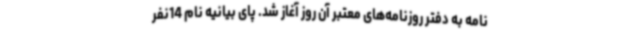
نامه به دفتر روزنامه‌های معتبر آن روز آغاز شد. پای بیانیه نام 14نفر